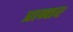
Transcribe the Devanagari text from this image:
प्रान्तर